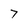
Character: 7